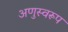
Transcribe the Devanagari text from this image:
अणुस्वरूप